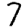
Digit: 7